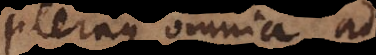
pleraque omnia ad